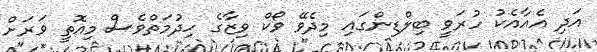
އަދި އެއާއެކު ހުރަވީ ބިލްޑިންގައި މިދެވޭ ވޯކް ވިޒާގެ ހިދުމަތްވެސް މިއޮތީ ވަރަށް